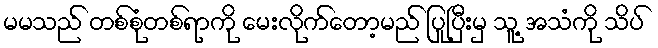
မမသည် တစ်စုံတစ်ရာကို မေးလိုက်တော့မည် ပြုပြီးမှ သူ့ အသံကို သိပ်